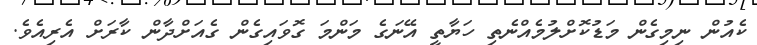
ކެއުން ނިމިގެން މަޑުކޮށްލުމެއްނެތި ހަޔާތީ އޭނަގެ މަންމަ ގޮވައިގެން ގެއަށްދާން ކާރަށް އެރިއެވެ.